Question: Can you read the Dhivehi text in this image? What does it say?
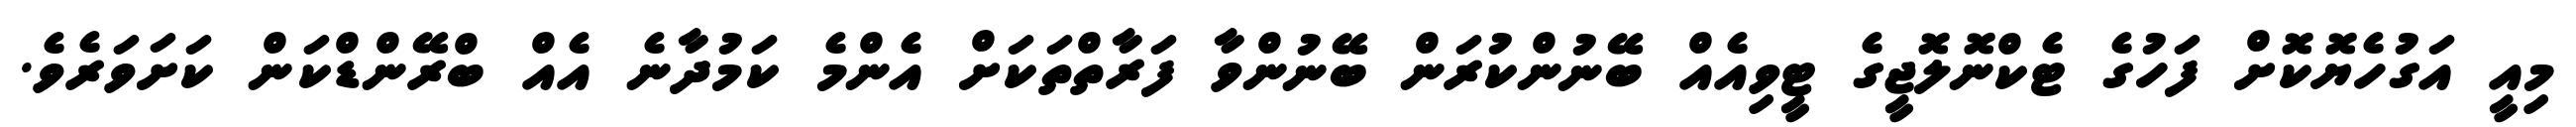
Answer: މިއީ އަގުހެޔޮކޮށް ފަހުގެ ޓެކްނޮލޮޖީގެ ޓީވިއެއް ބޭނުންކުރަން ބޭނުންވާ ފަރާތްތަކަށް އެންމެ ކަމުދާނެ އެއް ބްރޭންޑްކަން ކަށަވަރެވެ.